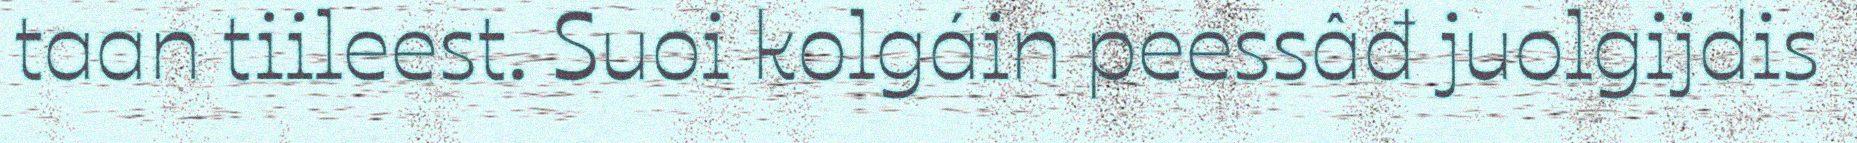
taan tiileest. Suoi kolgáin peessâđ juolgijdis